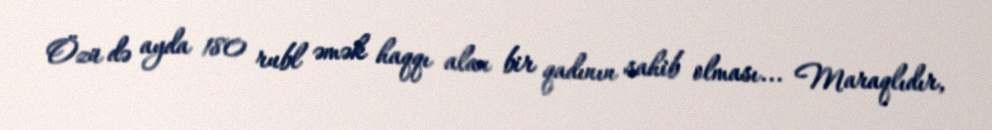
Özü də ayda 180 rubl əmək haqqı alan bir qadının sahib olması... Maraqlıdır,